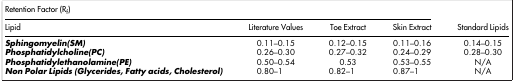
<table><thead><tr><td colspan="4"><b>Retention Factor (R<sub>f</sub>)</b></td><td><b> </b></td></tr><tr><td><b>Lipid</b></td><td><b>Literature Values</b></td><td><b>Toe Extract</b></td><td><b>Skin Extract</b></td><td><b>Standard Lipids</b></td></tr></thead><tbody><tr><td><b><i>Sphingomyelin(SM)</i></b></td><td>0.11–0.15</td><td>0.12–0.15</td><td>0.11–0.16</td><td>0.14–0.15</td></tr><tr><td><b><i>Phosphatidylcholine(PC)</i></b></td><td>0.26–0.30</td><td>0.27–0.32</td><td>0.24–0.29</td><td>0.28–0.30</td></tr><tr><td><b><i>Phosphatidylethanolamine(PE)</i></b></td><td>0.50–0.54</td><td>0.53</td><td>0.53–0.55</td><td>N/A</td></tr><tr><td><b><i>Non Polar Lipids (Glycerides, Fatty acids, Cholesterol)</i></b></td><td>0.80–1</td><td>0.82–1</td><td>0.87–1</td><td>N/A</td></tr></tbody></table>